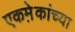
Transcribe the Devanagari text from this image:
एकमे़कांच्या